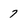
Character: 7